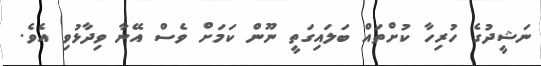
ނަޝީދުގެ ހުރިހާ ކުށްތައް ބަލައިގަތީ ނޫން ކަމަށް ވެސް އޭނާ ވިދާޅުވި އެވެ.